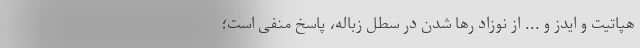
هپاتیت و ایدز و ...‌ از نوزاد رها شدن در سطل زباله، پاسخ منفی است؛